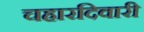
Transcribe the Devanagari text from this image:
चहारदिवारी